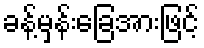
ခန့်မှန်းခြေအားဖြင့်